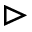
\vartriangleright